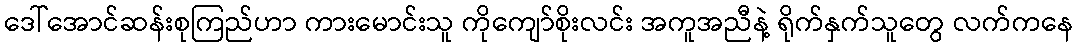
ဒေါ်အောင်ဆန်းစုကြည်ဟာ ကားမောင်းသူ ကိုကျော်စိုးလင်း အကူအညီနဲ့ ရိုက်နှက်သူတွေ လက်ကနေ